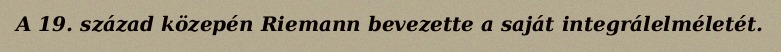
A 19. század közepén Riemann bevezette a saját integrálelméletét.